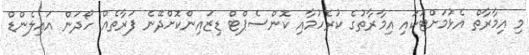
މި އިމާރާތް އެޅުމަށްޓަކައި އިމާރާތުގެ ކުރެހުމާއި ކޮންސެޕްޓް ޑިޒައިންކޮށްދޭނެ ފަރާތެއް ހޯދަން އައިލެންޑް